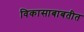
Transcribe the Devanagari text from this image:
विकासाबाबतीत